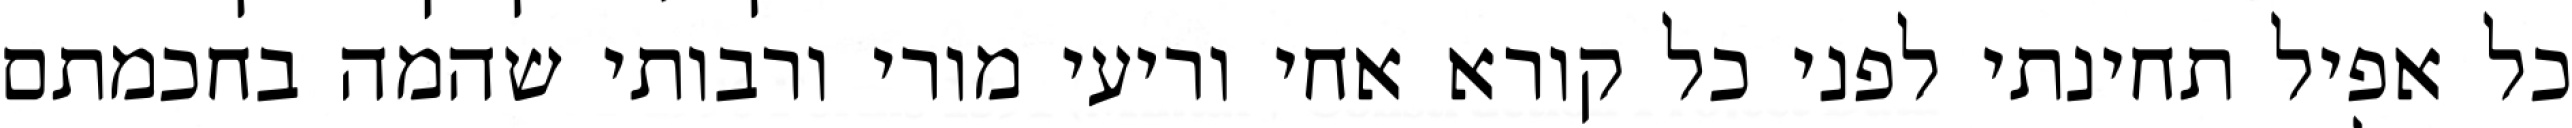
כל אפיל תחינתי לפני כל קורא אחי וריעי מורי ורבותי שהמה בחכמתם